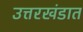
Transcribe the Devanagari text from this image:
उत्तरखंडात